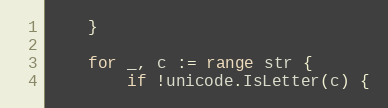
Language: Go
	}

	for _, c := range str {
		if !unicode.IsLetter(c) {